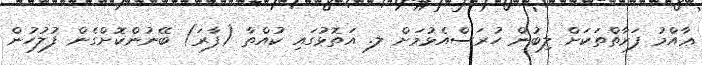
ޢާއްމު ފަރާތްތަކަށް ލިބުން ހުރަސްއެޅުމަށް ލ. އަތޮޅުގައި ކުއްތާ (ފާރަ) ބޭނުންކޮށްގެން ފުލުހުން